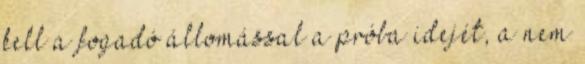
kell a fogadó állomással a próba idejét, a nem